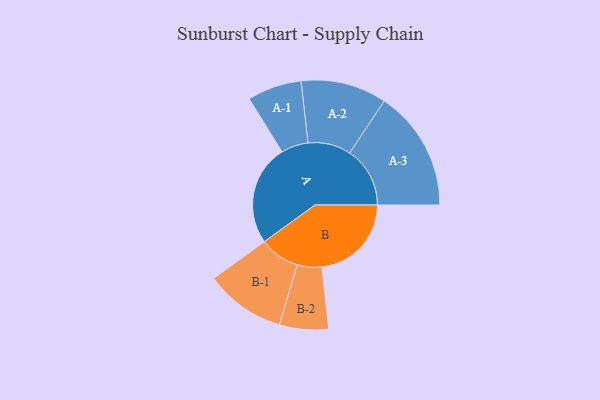
{"axis": {"x": "Segment", "y": "Value"}, "legend": ["", "A", "B"], "data": [{"x": "A", "y": 486, "type": ""}, {"x": "B", "y": 432, "type": ""}, {"x": "A-1", "y": 131, "type": "A"}, {"x": "A-2", "y": 207, "type": "A"}, {"x": "A-3", "y": 291, "type": "A"}, {"x": "B-1", "y": 194, "type": "B"}, {"x": "B-2", "y": 118, "type": "B"}]}